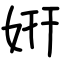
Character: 姸